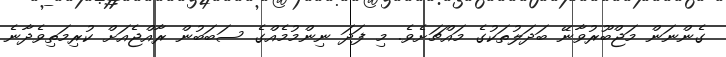
ގެންނަން މަޖްބޫރުވާނޭ ބަދަލުތަކުގެ މައްޗަށެވެ. މި ފަދަ ނިންމުމެއްގެ ސަބަބުން ރާއްޖެއަށް ކުރިމަތިވެދާނެ